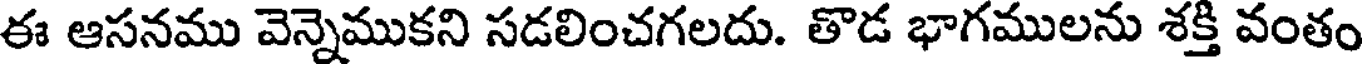
ఈ ఆసనము వెన్నెముకని సడలించగలదు. తొడ భాగములను శక్తి వంతం